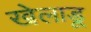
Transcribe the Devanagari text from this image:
खेलाडू